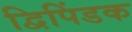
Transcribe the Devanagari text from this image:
द्विपिंडक